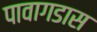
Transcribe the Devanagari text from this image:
पावागडास